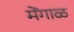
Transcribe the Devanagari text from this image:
मेंगाळ